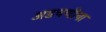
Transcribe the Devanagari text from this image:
अडचणीचा